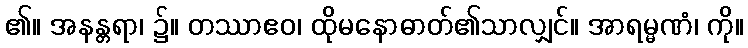
၏။ အနန္တရာ၊ ၌။ တဿာဧဝ၊ ထိုမနောဓာတ်၏သာလျှင်။ အာရမ္မဏံ၊ ကို။